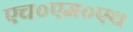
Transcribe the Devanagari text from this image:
एच०एम०एच